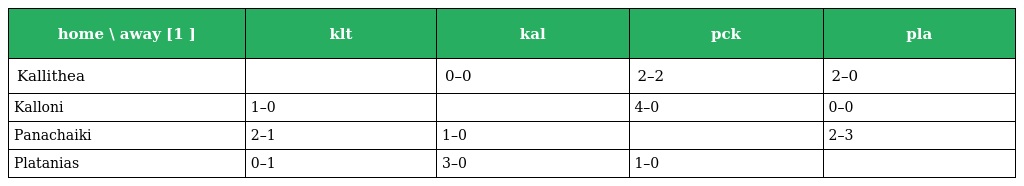
| home \ away [1 ] | klt | kal | pck | pla |
 | --- | --- | --- | --- | --- |
 | Kallithea |  | 0–0 | 2–2 | 2–0 |
 | Kalloni | 1–0 |  | 4–0 | 0–0 |
 | Panachaiki | 2–1 | 1–0 |  | 2–3 |
 | Platanias | 0–1 | 3–0 | 1–0 |  |